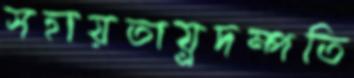
সহায়তায়্রদম্পতি